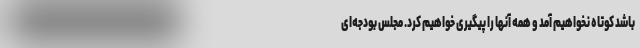
باشد کوتاه نخواهیم آمد و همه آنها را پیگیری خواهیم کرد. مجلس بودجه‌ای